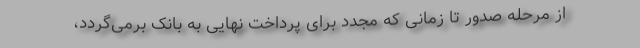
از مرحله صدور تا زمانی که مجدد برای پرداخت نهایی به بانک برمی‌گردد،